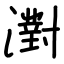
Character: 濧